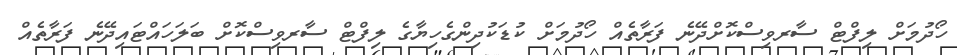
ހޯދުމަށް ލިފްޓް ސާރވިސްކޮށްދޭނެ ފަރާތެއް ހޯދުމަށް ކުޑަކުދިންގެހިޔާގެ ލިފްޓް ސާރވިސްކޮށް ބަލަހައްޓައިދޭނެ ފަރާތެއް